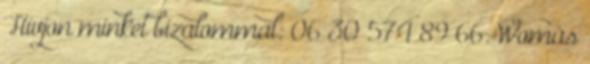
Hívjon minket bizalommal: 06 30 574 89 66. Womás